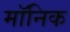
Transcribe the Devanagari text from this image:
मॉनिक